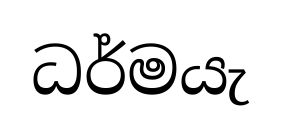
ධර්මයැ